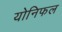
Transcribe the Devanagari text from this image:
योनिफल